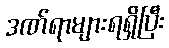
ဒဏ်ရာများရရှိပြီး